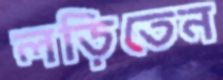
লড়িতেন